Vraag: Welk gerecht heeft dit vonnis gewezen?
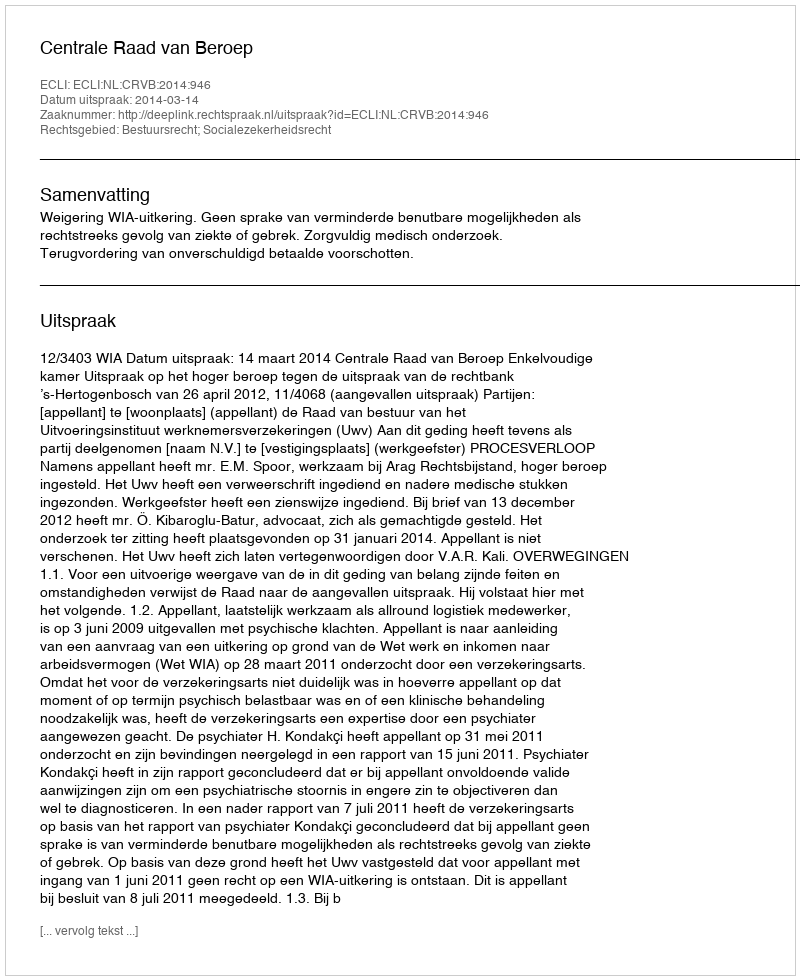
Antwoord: Centrale Raad van Beroep